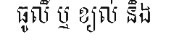
ធូលី ឬ ខ្យល់ និង